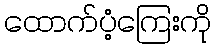
ထောက်ပံ့ကြေးကို